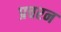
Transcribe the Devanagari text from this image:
प्रचरन